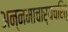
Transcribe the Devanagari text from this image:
अन्नमाचार्यचरित्